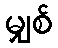
မျှစ်